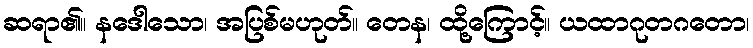
ဆရာ၏။ နဒေါသော၊ အပြစ်မဟုတ်။ တေန၊ ထို့ကြောင့်။ ယထာဂုတဂတော၊